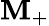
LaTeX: \mathbf{M}_{+}